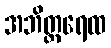
အဘိတ္ထရေထ